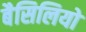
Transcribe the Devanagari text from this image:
बैसिलियो